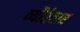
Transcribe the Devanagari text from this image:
व्यौरेवार